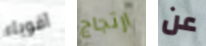
أقوياء ارتجاج عن